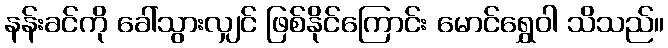
နန်းခင်ကို ခေါ်သွားလျှင် ဖြစ်နိုင်ကြောင်း မောင်ရွှေဝါ သိသည်။